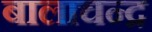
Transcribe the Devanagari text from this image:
बालाचन्द्र